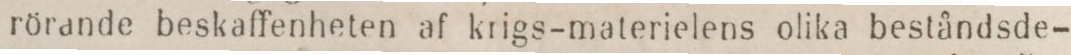
rörande beskaffenheten af krigs-materielens olika beståndsde-